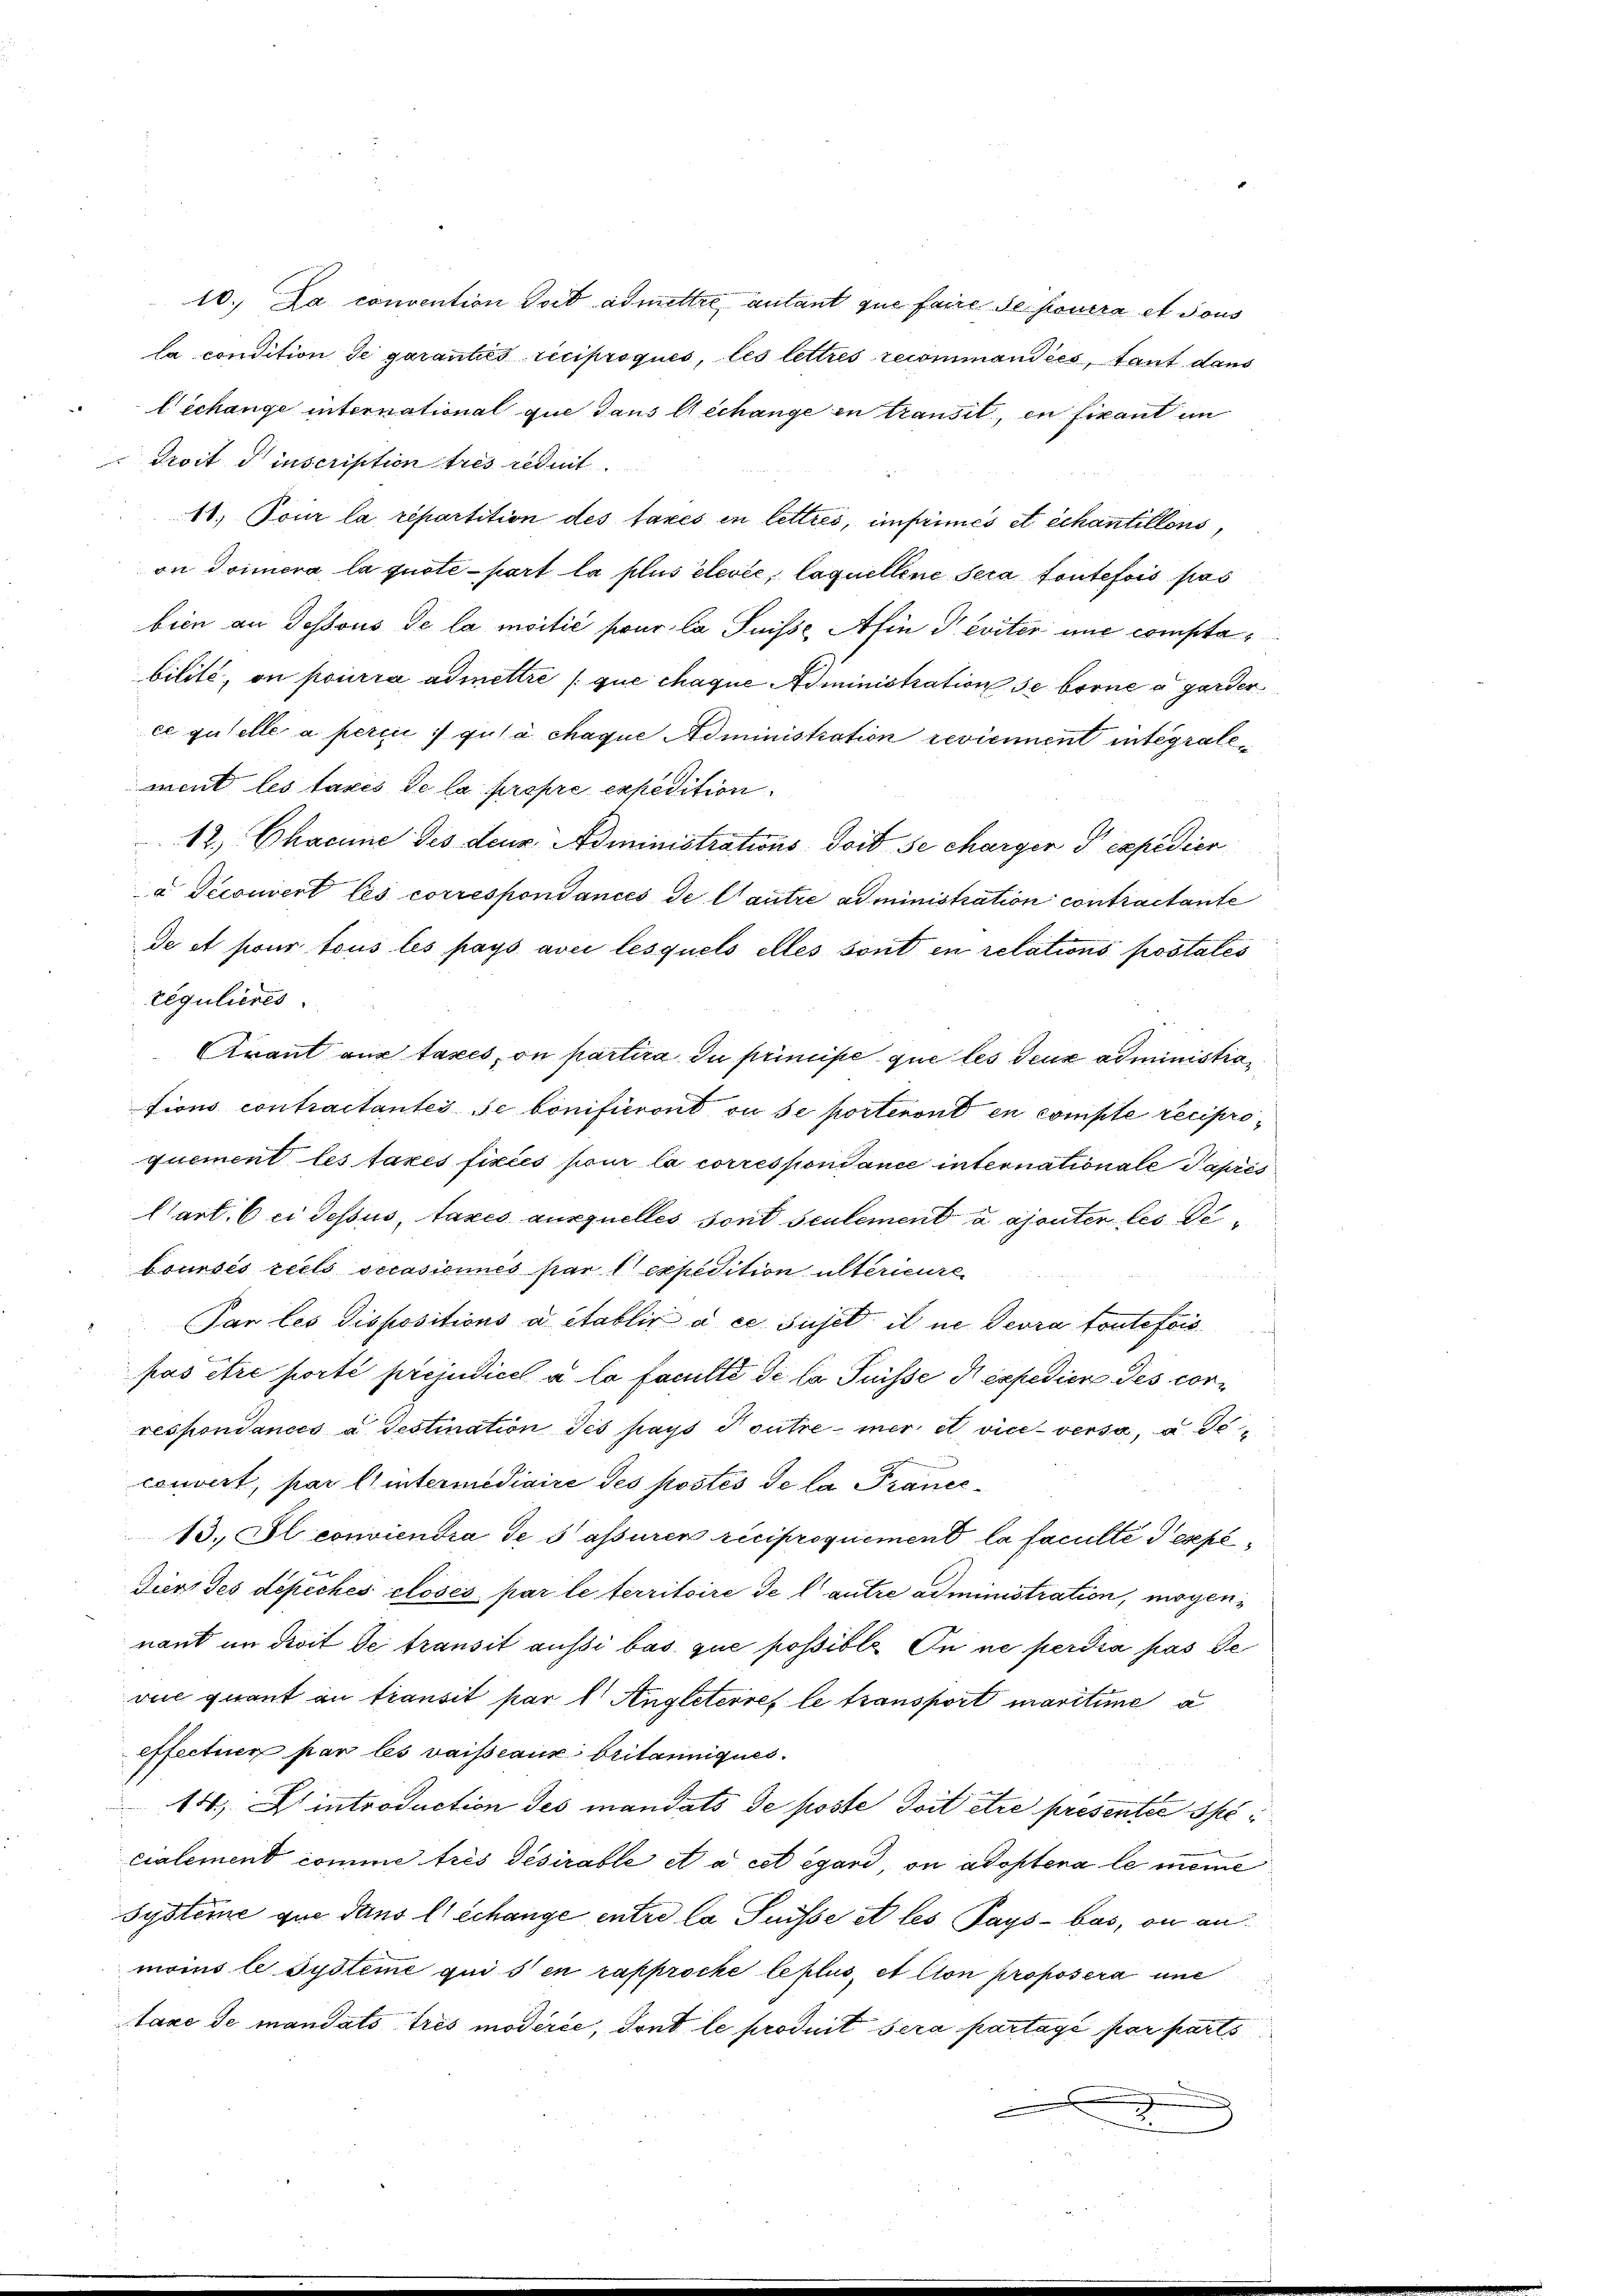
l échange international que dans Mechange in transit, en ficant im
Proit d inscription tres ildnit
11. Pour la répartition des taxes in lettres, imprimés et échantillons,
on Trimera la quote-part la plus élevée, laquellene Sera toutefois pas
bien an Jossous de la moitié pour la Suisse, Afin Previter une comptabilité, on pourra admettre / que chaque Administration de borne a garder
ce quelle a perin :/ gula chaque Administration reviennent integralement les taxes de la propre expedition
12.) Chacune des deus Administrations doit se charger d expedier
a Pecouvert les corresponsances de l’autre administration contractante
de et pour tous les pays avec lesquels elles sont en relations postates
régulieres
Avant aus taxes, on partira du primise que les deux administrations contractantes se bonifieront ou se porteront en compte reciproquement les taxes fixées pour la correspondance internationale Papris
Clart. 6 ci Jesus, taxes auxquelles sont seulement a ajouten les Deboursés réels occasionnés par l. expédition altericire
 2 x
Par les dispositions à établir à ce sujet il ne devra toutefois
pas être porté préjudicil a la faculté de la Puisse di expedier des correspondancés a Testination des pays D outre mer et viceversa, a. Ge¬

couvert, par l’intermediaire des postés de la Prance¬
13. Il conviendra de s’assuren reciproquement la faculté expe¬
Diers des dépiches closés par le territoire de l’autre administration, mögennant im droit de transit aussi bas que possible. In ne perdra pas de
vie quant an transit par l. Angleterres le transport maritime a
effectuer par les vaisseaus britanniques.
14. Eintroduction des mandats de poste Toit être presentie schrei
cialement comme trés desirable et à cet égard, on adoptera le meine
Systeme que dans l’échange entre la Suisse et les Pays - bas, on anmoins le Systeme qui s’en rapproche leplus, et con proposera une
taxe de mandats tres modérée, dont le produit sera partagé par parts

10. La convention doit admettre, autant que faire se pourra et sous
la condition de garanties reciproques, les lettres recommandées, tant dans